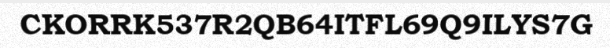
CKORRK537R2QB64ITFL69Q9ILYS7G